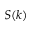
S ( k )